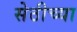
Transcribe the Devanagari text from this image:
सेठीच्या